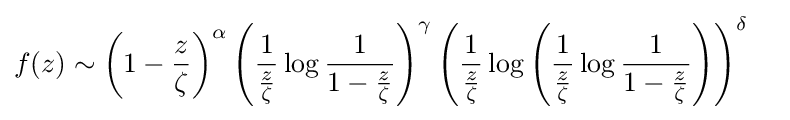
f(z)\sim \left(1-{\frac {z}{\zeta }}\right)^{\alpha }\left({\frac {1}{\frac {z}{\zeta }}}\log {\frac {1}{1-{\frac {z}{\zeta }}}}\right)^{\gamma }\left({\frac {1}{\frac {z}{\zeta }}}\log \left({\frac {1}{\frac {z}{\zeta }}}\log {\frac {1}{1-{\frac {z}{\zeta }}}}\right)\right)^{\delta }\quad